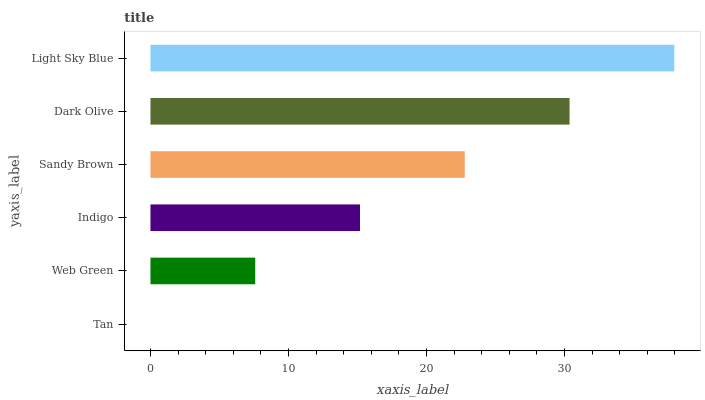
| yaxis_label | bars |
 | --- | --- |
 | Tan | 0 |
 | Web Green | 7.59 |
 | Indigo | 15.2 |
 | Sandy Brown | 22.8 |
 | Dark Olive | 30.4 |
 | Light Sky Blue | 38 |